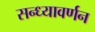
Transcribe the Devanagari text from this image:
सन्ध्यावर्णन